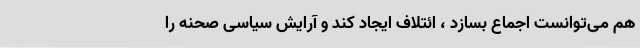
هم می‌توانست اجماع بسازد ، ائتلاف ایجاد کند و آرایش سیاسی صحنه را